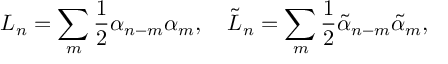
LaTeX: L _ { n } = \sum _ { m } \frac 1 2 \alpha _ { n - m } \alpha _ { m } , ~ ~ ~ \tilde { L } _ { n } = \sum _ { m } \frac 1 2 \tilde { \alpha } _ { n - m } \tilde { \alpha } _ { m } ,